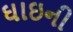
ઘાઇની